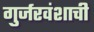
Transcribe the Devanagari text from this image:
गुर्जरवंशाची